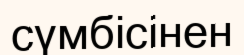
сүмбісінен